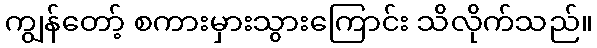
ကျွန်တော့် စကားမှားသွားကြောင်း သိလိုက်သည်။